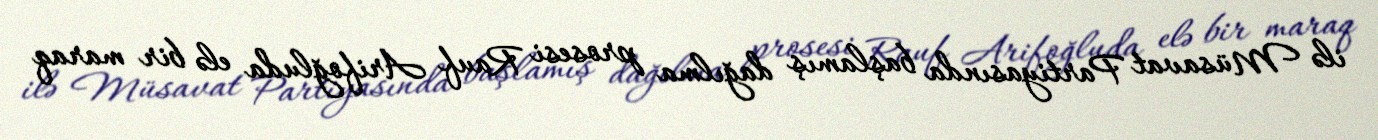
ilə Müsavat Partiyasında başlamış dağılma prosesi Rauf Arifoğluda elə bir maraq